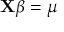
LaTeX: \mathbf { X } { \boldsymbol { \beta } } = \mu \,